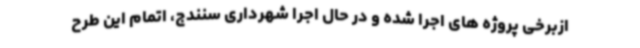
ازبرخی پروژه های اجرا شده و در حال اجرا شهرداری سنندج، اتمام این طرح